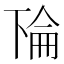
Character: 𫠳